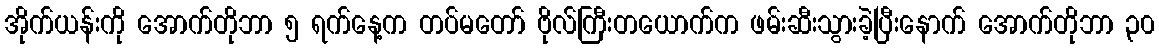
အိုက်ယန်းကို အောက်တိုဘာ ၅ ရက်နေ့က တပ်မတော် ဗိုလ်ကြီးတယောက်က ဖမ်းဆီးသွားခဲ့ပြီးနောက် အောက်တိုဘာ ၃၀